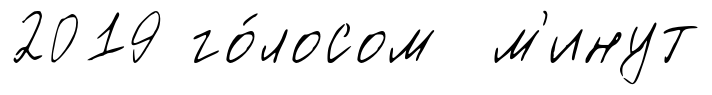
2019 го́лосом м'инут